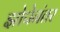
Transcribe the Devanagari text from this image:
झोपेनंतर